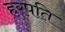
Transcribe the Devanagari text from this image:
हरपति